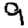
Digit: 9